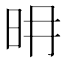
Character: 𣅧